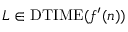
L \in \mathrm { D T I M E } ( f ^ { \prime } ( n ) )